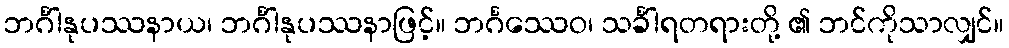
ဘင်္ဂါနုပဿနာယ၊ ဘင်္ဂါနုပဿနာဖြင့်။ ဘင်္ဂဿေဝ၊ သင်္ခါရတရားတို့ ၏ ဘင်ကိုသာလျှင်။